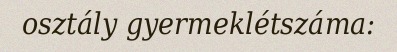
osztály gyermeklétszáma: